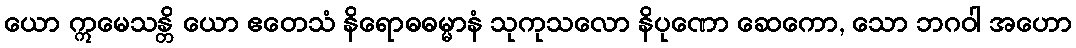
ယော ဣမေသန္တိ ယော ဧတေသံ နိရောဓဓမ္မာနံ သုကုသလော နိပုဏော ဆေကော, သော ဘဂဝါ အဟော